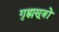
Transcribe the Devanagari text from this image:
गृह्मसूत्रों